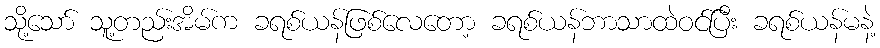
သို့သော် သူ့တည်းအိမ်က ခရစ်ယန်ဖြစ်လေတော့ ခရစ်ယန်ဘာသာထဲဝင်ပြီး ခရစ်ယန်မနဲ့